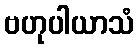
ဗဟုပါယာသံ